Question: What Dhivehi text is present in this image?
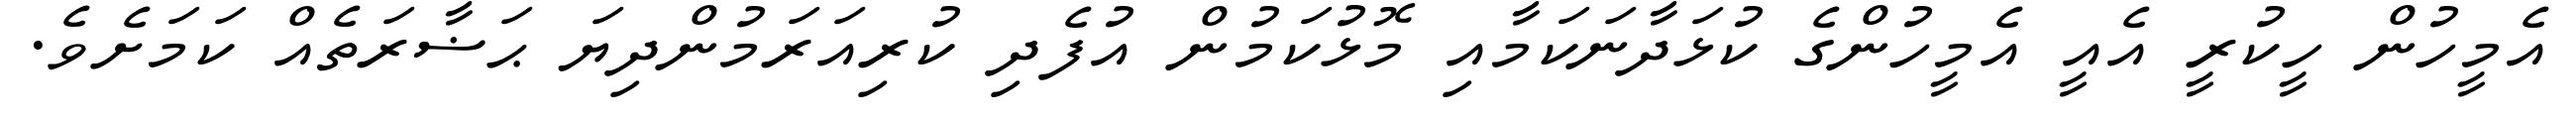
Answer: އެމީހުން ހީކުރީ އެއީ އެމީހުންގެ ކުޅަދާނަކަމާއި މޮޅުކަމުން އުފެދި ކުރިއަރަމުންދިޔަ ޙަޟާރަތެއް ކަމަށެވެ.